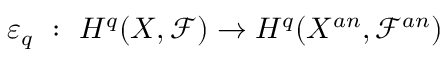
\varepsilon _ { q } \ : \ H ^ { q } ( X , { \mathcal { F } } ) \rightarrow H ^ { q } ( X ^ { a n } , { \mathcal { F } } ^ { a n } )